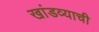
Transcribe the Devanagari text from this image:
खांडव्याची